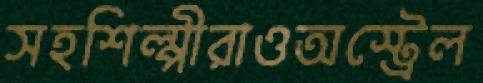
সহশিল্পীরাওঅস্ট্রেল